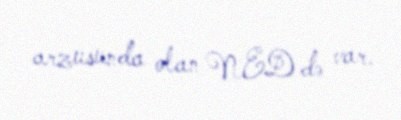
arzusunda olan NED də var.